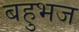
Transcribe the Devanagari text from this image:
बहुभज